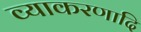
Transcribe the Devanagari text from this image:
व्याकरणादि